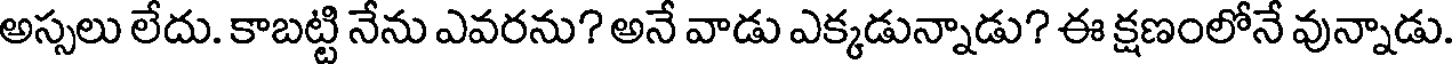
అస్సలు లేదు. కాబట్టి నేను ఎవరను? అనే వాడు ఎక్కడున్నాడు? ఈ క్షణంలోనే వున్నాడు.